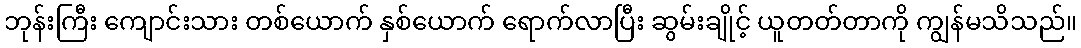
ဘုန်းကြီး ကျောင်းသား တစ်ယောက် နှစ်ယောက် ရောက်လာပြီး ဆွမ်းချိုင့် ယူတတ်တာကို ကျွန်မသိသည်။